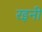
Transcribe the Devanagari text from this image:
रइनी